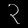
Digit: ၃